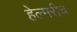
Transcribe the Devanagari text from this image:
हेल्मरीच